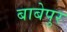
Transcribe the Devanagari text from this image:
बाबेपुर